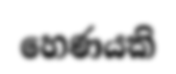
හෙණයකි